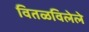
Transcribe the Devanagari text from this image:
वितळविलेले